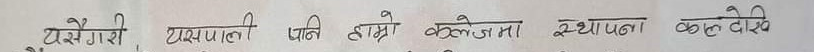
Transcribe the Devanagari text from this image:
टसैसँग गरि प्रश्नावली पानी हाम्रो कलेजमा स्थापना कले देखि